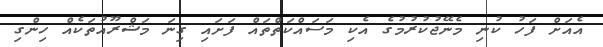
އެއަށް ފަހު ކުނި މެނޭޖުކުރުމުގެ އެކި މަސައްކަތްތައް ފަށައި ގިނަ މަޝްރޫއުތަކެއް ހިންގި